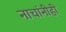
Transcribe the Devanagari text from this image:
नाचांनीही